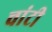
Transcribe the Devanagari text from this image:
चांटी